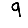
Digit: 9